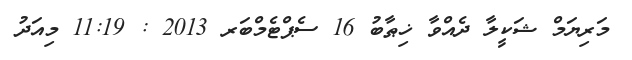
މަރިޔަމް ޝަކީލާ ދެއްވާ ޚިޠާބު 16 ސެޕްޓެމްބަރ 2013 : 11:19 މިއަދު